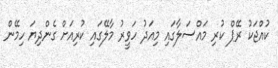
ކުއްޖަކު ރޭޕް ކުރި މައްސަލާގައި މިއަދު ހަވީރު މާލޭގައި ކުރިއަށް ގެންދިޔަ ހިމޭން